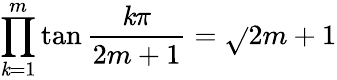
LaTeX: \prod_{\mathit{k}=1}^{m}\tan{\frac{{\mathit{k}\pi}}{{2m+1}}}={\sqrt{}{{2m+1}}}